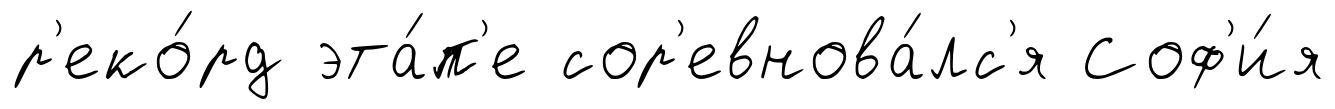
р'еко́рд эта́п'е сор'евнова́лс'я Соф'и́я